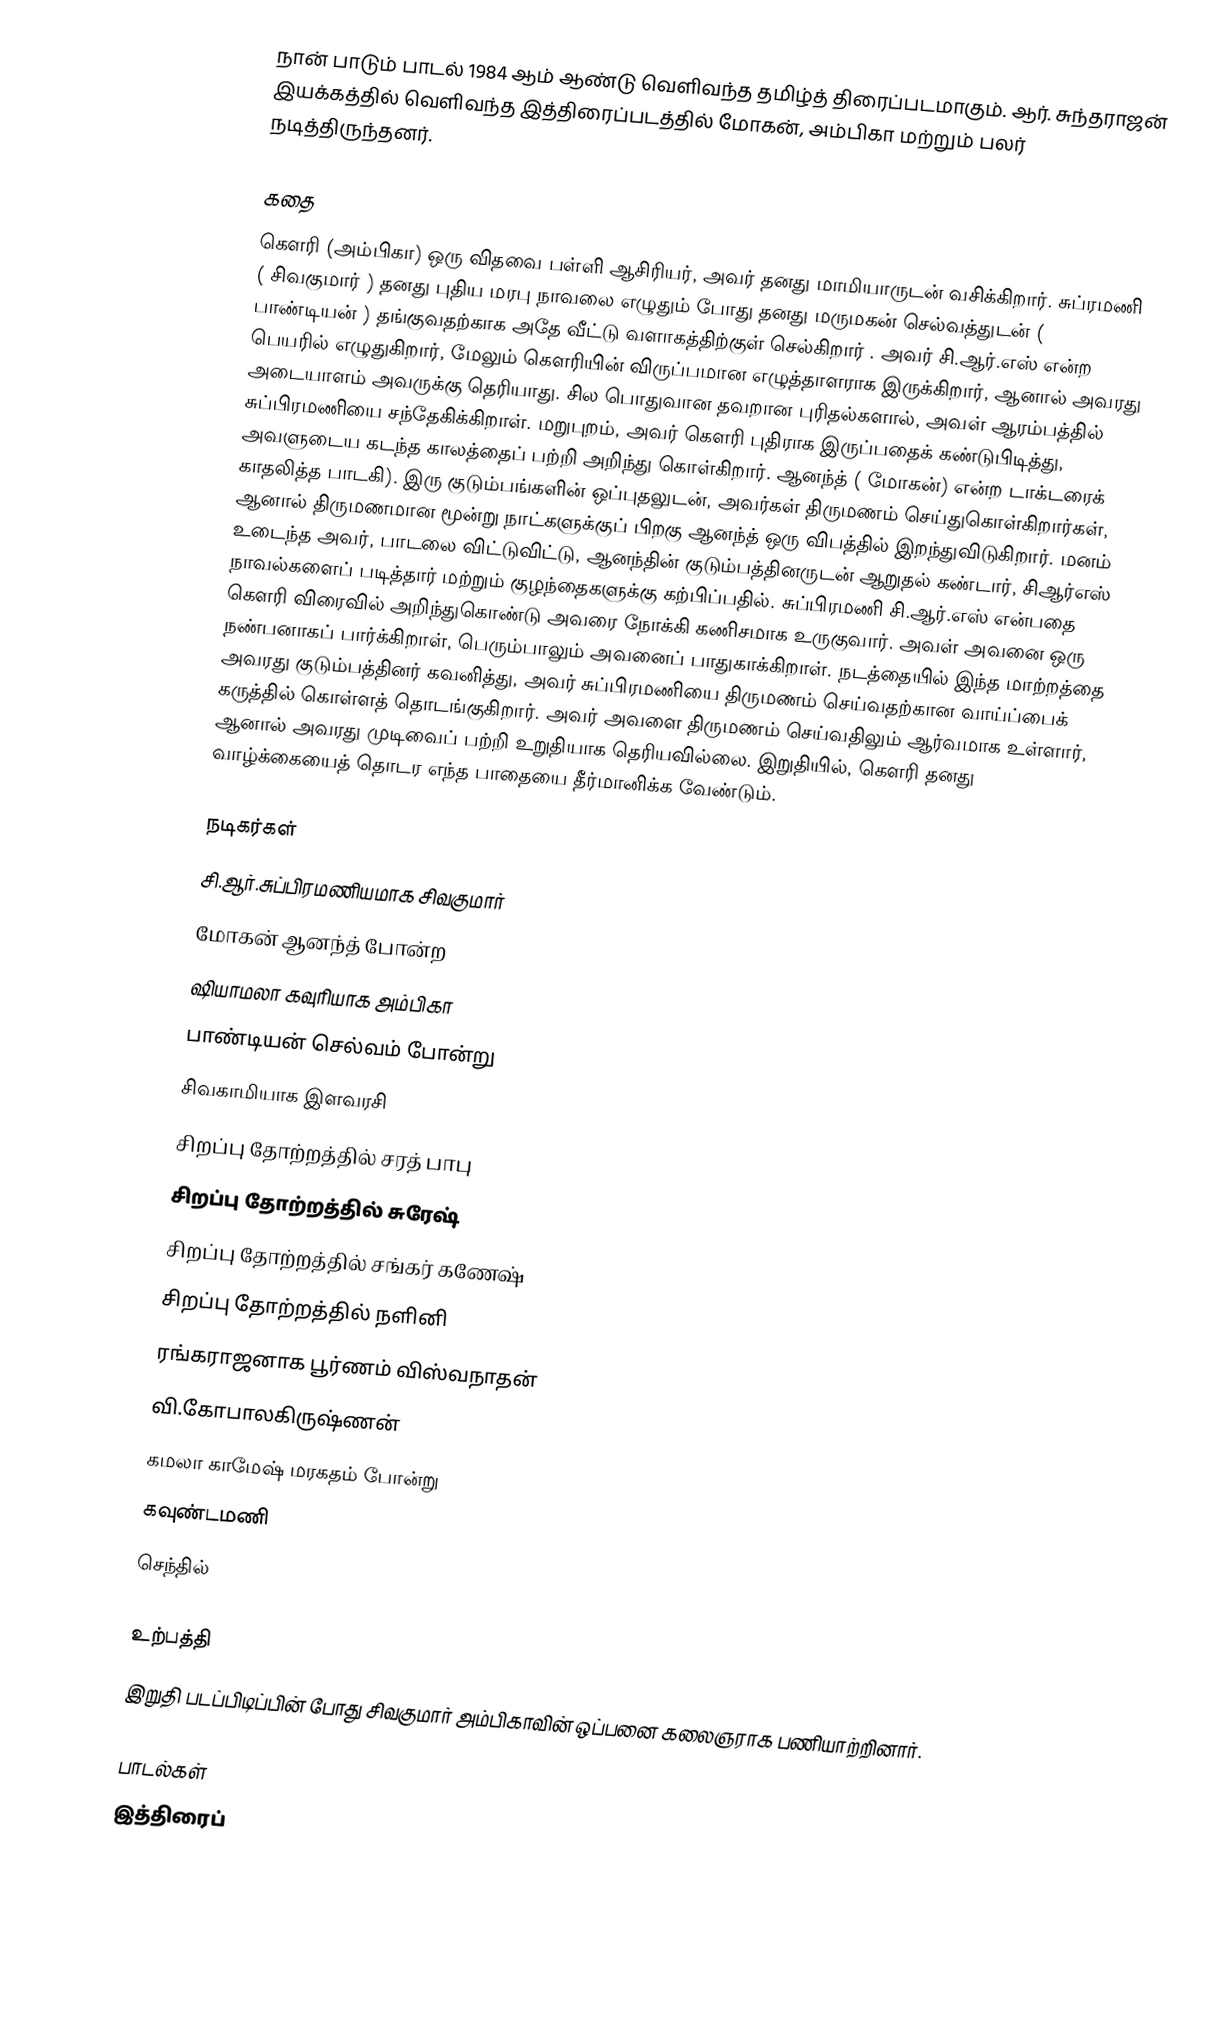
நான் பாடும் பாடல் 1984 ஆம் ஆண்டு வெளிவந்த தமிழ்த் திரைப்படமாகும். ஆர். சுந்தராஜன் இயக்கத்தில் வெளிவந்த இத்திரைப்படத்தில் மோகன், அம்பிகா மற்றும் பலர் நடித்திருந்தனர்.

கதை
கௌரி (அம்பிகா) ஒரு விதவை பள்ளி ஆசிரியர், அவர் தனது மாமியாருடன் வசிக்கிறார். சுப்ரமணி ( சிவகுமார் ) தனது புதிய மரபு நாவலை எழுதும் போது தனது மருமகன் செல்வத்துடன் ( பாண்டியன் ) தங்குவதற்காக அதே வீட்டு வளாகத்திற்குள் செல்கிறார் . அவர் சி.ஆர்.எஸ் என்ற பெயரில் எழுதுகிறார், மேலும் கௌரியின் விருப்பமான எழுத்தாளராக இருக்கிறார், ஆனால் அவரது அடையாளம் அவருக்கு தெரியாது. சில பொதுவான தவறான புரிதல்களால், அவள் ஆரம்பத்தில் சுப்பிரமணியை சந்தேகிக்கிறாள். மறுபுறம், அவர் கௌரி புதிராக இருப்பதைக் கண்டுபிடித்து, அவளுடைய கடந்த காலத்தைப் பற்றி அறிந்து கொள்கிறார். ஆனந்த் ( மோகன்) என்ற டாக்டரைக் காதலித்த பாடகி). இரு குடும்பங்களின் ஒப்புதலுடன், அவர்கள் திருமணம் செய்துகொள்கிறார்கள், ஆனால் திருமணமான மூன்று நாட்களுக்குப் பிறகு ஆனந்த் ஒரு விபத்தில் இறந்துவிடுகிறார். மனம் உடைந்த அவர், பாடலை விட்டுவிட்டு, ஆனந்தின் குடும்பத்தினருடன் ஆறுதல் கண்டார், சிஆர்எஸ் நாவல்களைப் படித்தார் மற்றும் குழந்தைகளுக்கு கற்பிப்பதில். சுப்பிரமணி சி.ஆர்.எஸ் என்பதை கௌரி விரைவில் அறிந்துகொண்டு அவரை நோக்கி கணிசமாக உருகுவார். அவள் அவனை ஒரு நண்பனாகப் பார்க்கிறாள், பெரும்பாலும் அவனைப் பாதுகாக்கிறாள். நடத்தையில் இந்த மாற்றத்தை அவரது குடும்பத்தினர் கவனித்து, அவர் சுப்பிரமணியை திருமணம் செய்வதற்கான வாய்ப்பைக் கருத்தில் கொள்ளத் தொடங்குகிறார். அவர் அவளை திருமணம் செய்வதிலும் ஆர்வமாக உள்ளார், ஆனால் அவரது முடிவைப் பற்றி உறுதியாக தெரியவில்லை. இறுதியில், கௌரி தனது வாழ்க்கையைத் தொடர எந்த பாதையை தீர்மானிக்க வேண்டும்.

நடிகர்கள்
 சி.ஆர்.சுப்பிரமணியமாக சிவகுமார்
 மோகன் ஆனந்த் போன்ற
 ஷியாமலா கவுரியாக அம்பிகா
 பாண்டியன் செல்வம் போன்று
 சிவகாமியாக இளவரசி
 சிறப்பு தோற்றத்தில் சரத் பாபு
 சிறப்பு தோற்றத்தில் சுரேஷ்
 சிறப்பு தோற்றத்தில் சங்கர் கணேஷ்
 சிறப்பு தோற்றத்தில் நளினி
 ரங்கராஜனாக பூர்ணம் விஸ்வநாதன்
 வி.கோபாலகிருஷ்ணன்
 கமலா காமேஷ் மரகதம் போன்று
 கவுண்டமணி
 செந்தில்

உற்பத்தி
இறுதி படப்பிடிப்பின் போது சிவகுமார் அம்பிகாவின் ஒப்பனை கலைஞராக பணியாற்றினார்.

பாடல்கள்
இத்திரைப்